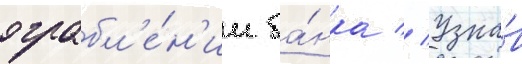
ограбл'е́н'ии ба́нка // Узна́в